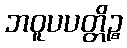
ဘဝူပပတ္တိဉ္စ